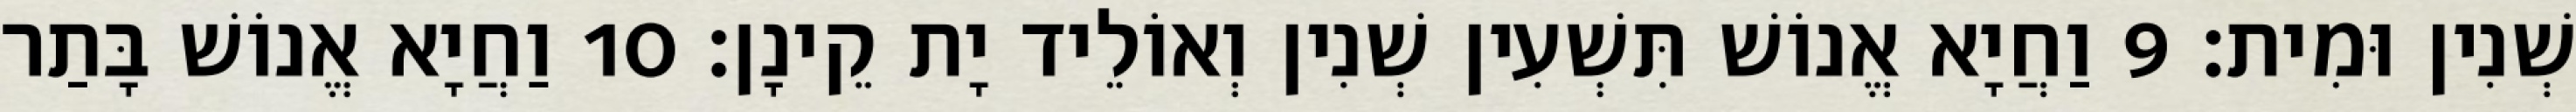
שְׁנִין וּמִית׃ 9 וַחֲיָא אֱנוֹשׁ תִּשְׁעִין שְׁנִין וְאוֹלֵיד יָת קֵינָן׃ 10 וַחֲיָא אֱנוֹשׁ בָּתַר